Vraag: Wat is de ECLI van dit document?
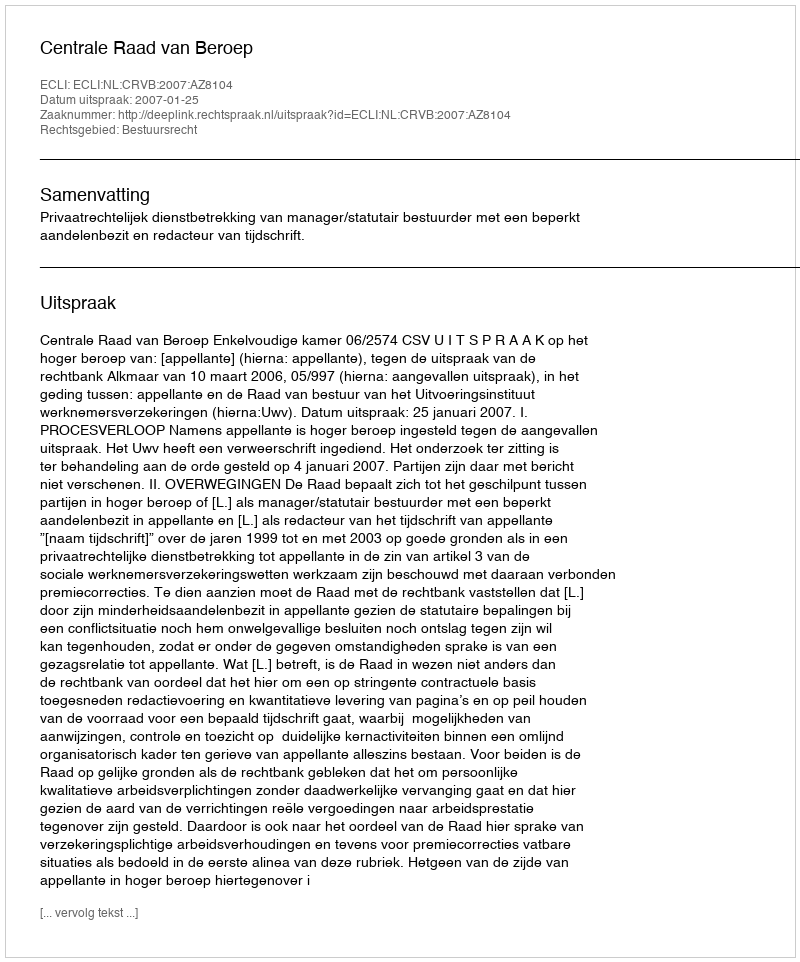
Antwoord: ECLI:NL:CRVB:2007:AZ8104